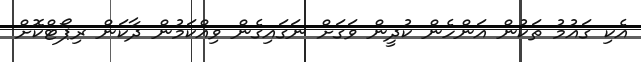
އެކި ގައުމު ތަކުން އަންހެން ކުދީން ވަގަށް ނަގައިގެން ވިއްކަމުން ދާކަން ރިޕޯޓްކޮށް